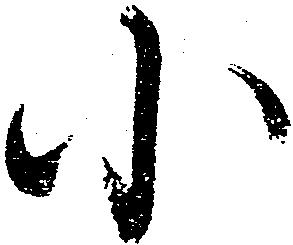
小